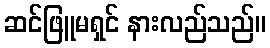
ဆင်ဖြူမရှင် နားလည်သည်။